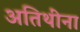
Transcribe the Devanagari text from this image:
अतिथींना